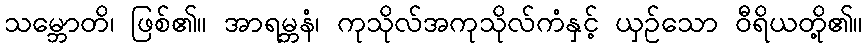
သမ္ဘောတိ၊ ဖြစ်၏။ အာရမ္ဘနံ၊ ကုသိုလ်အကုသိုလ်ကံနှင့် ယှဉ်သော ဝီရိယတို့၏။